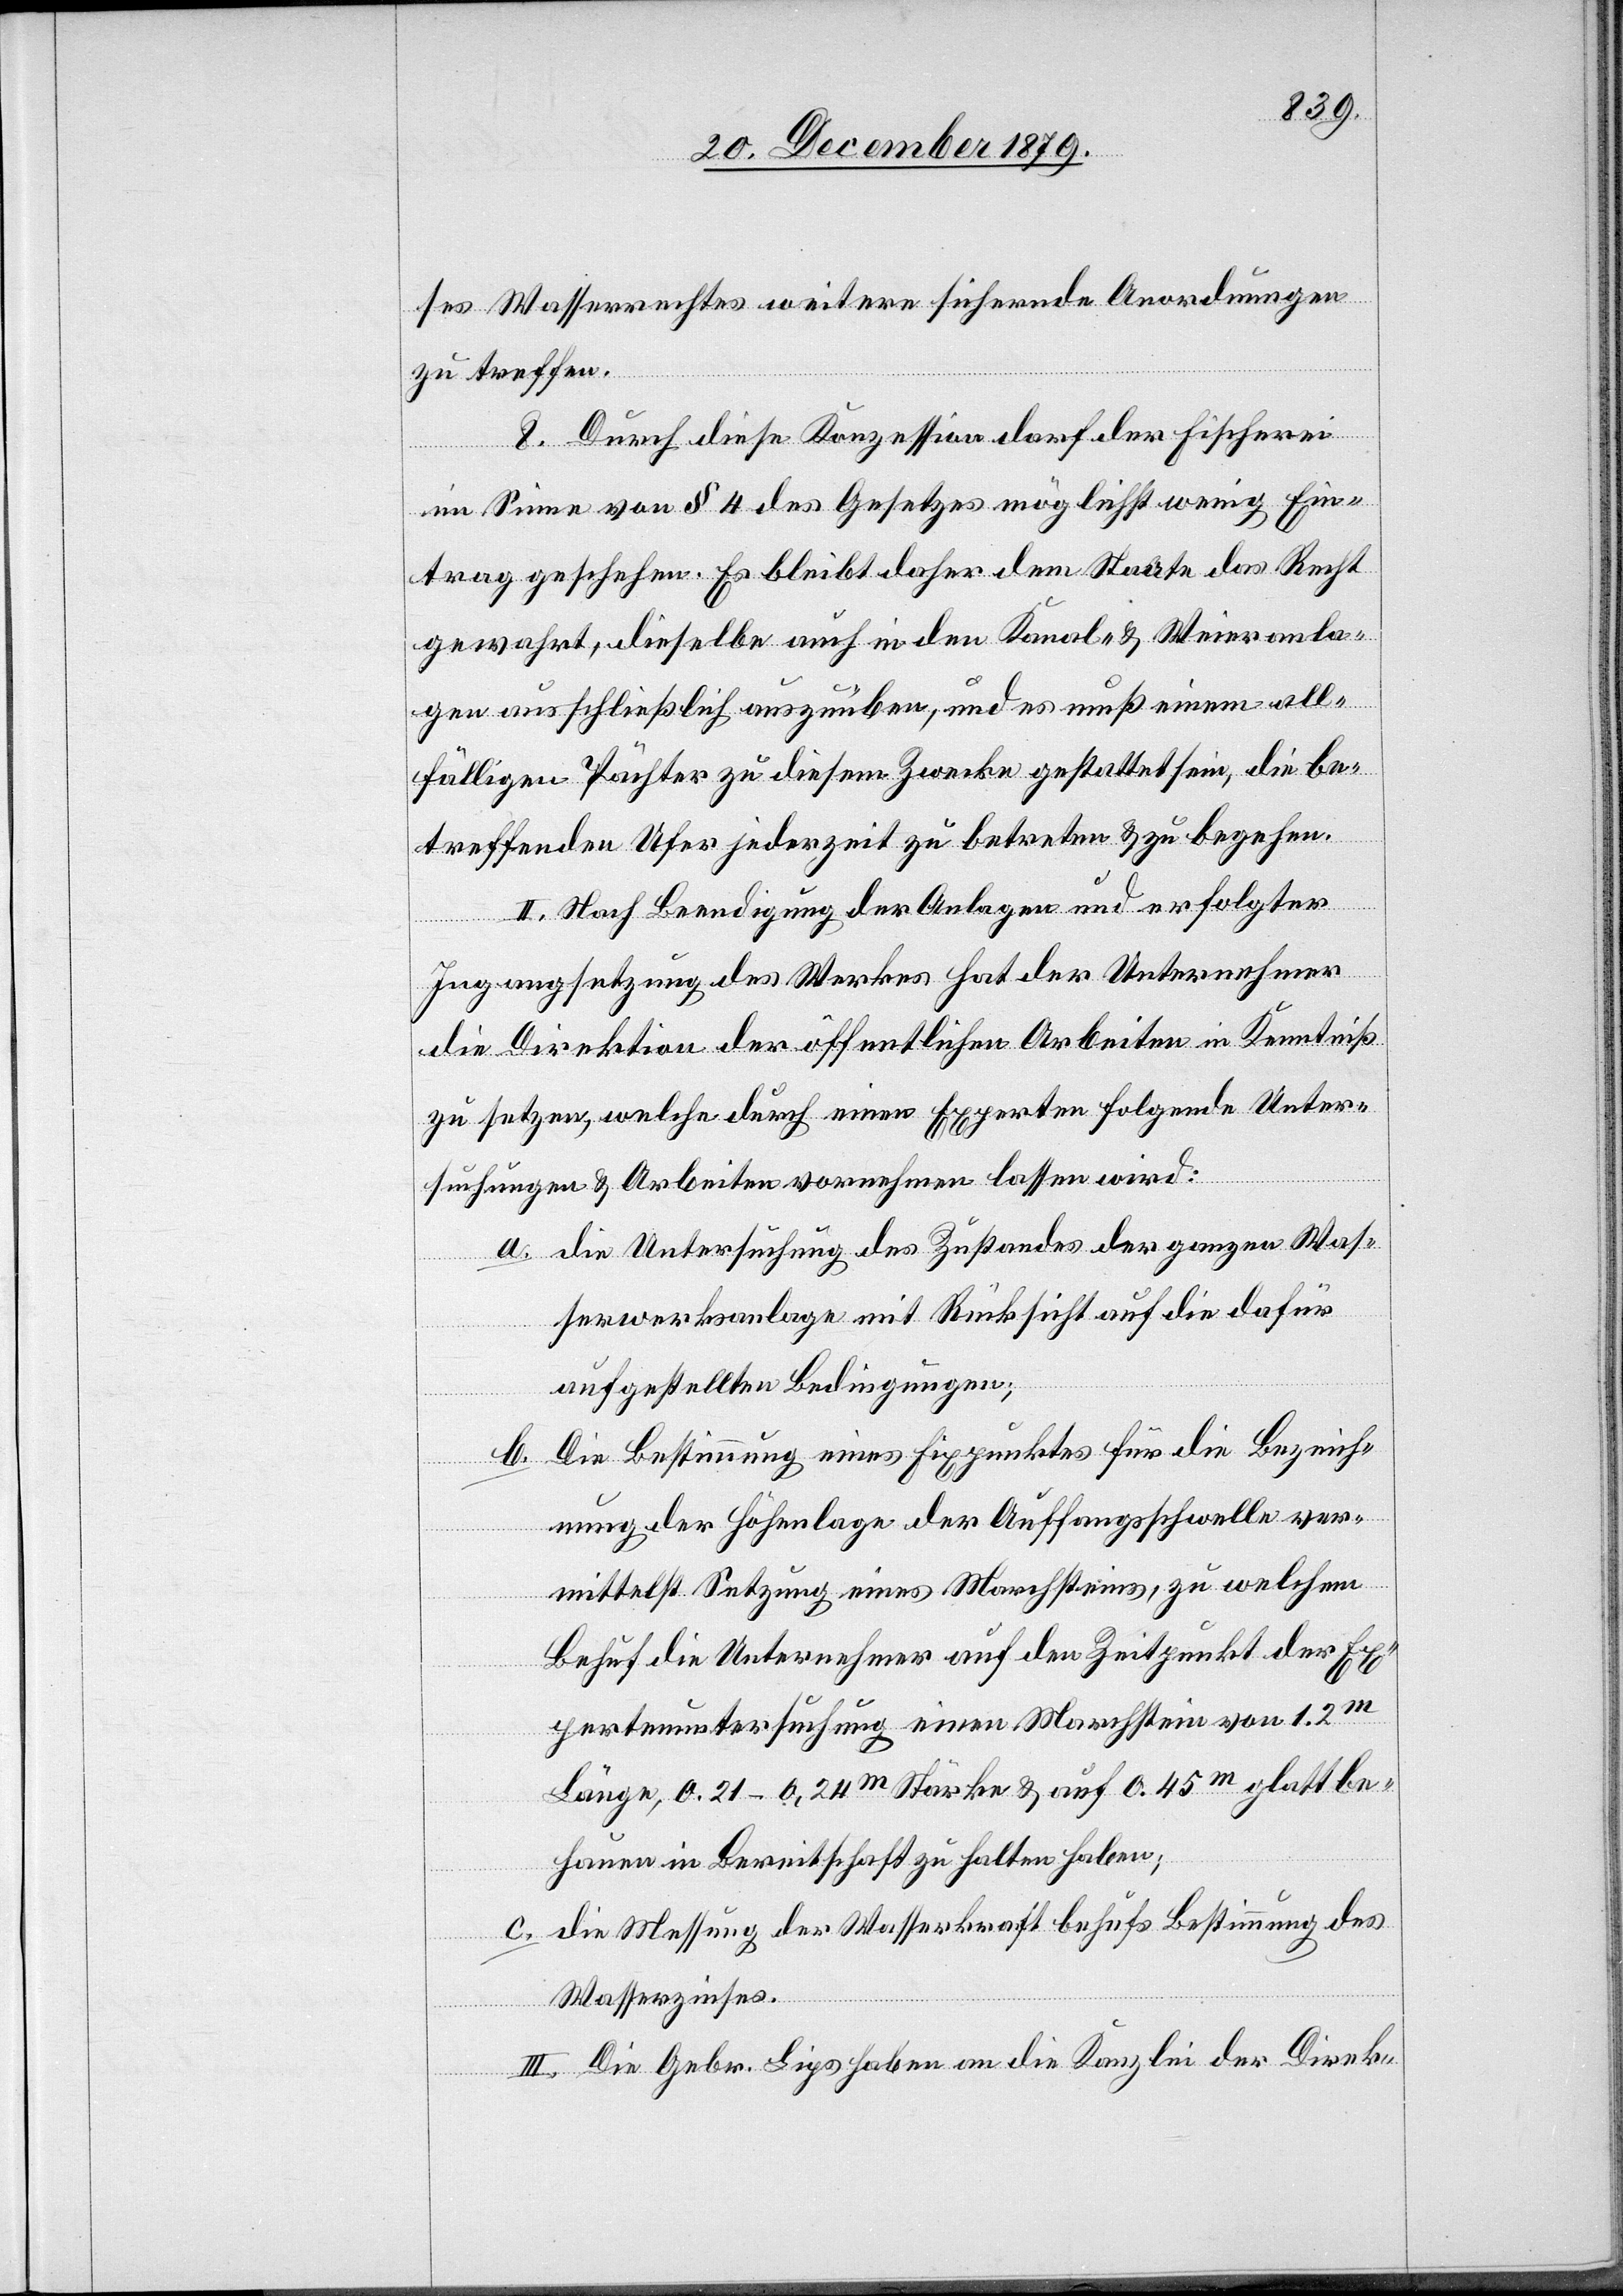
ses Wasserrechtes weitere sichernde Anordnungen
zu treffen.
8. Durch diese Konzession darf der Fischerei
im Sinne von § 4 des Gesetzes möglichst wenig Ein¬
trag geschehen. Es bleibt daher dem Staate das Recht
gewahrt, dieselbe auch in den Kanal- & Weieranla¬
gen ausschließlich auszuüben, und es muß einem all¬
fälligen Pächter zu diesem Zwecke gestattet sein, die be¬
treffenden Ufer jederzeit zu betreten & zu begehen.
II. Nach Beendigung der Anlage und erfolgter
Ingangsetzung des Werkes hat der Unternehmer
die Direktion der öffentlichen Arbeiten in Kenntniß
zu setzen, welche durch einen Experten folgende Unter¬
suchungen & Arbeiten vornehmen lassen wird:
a. die Untersuchung des Zustandes der ganzen Was¬
serwerksanlage mit Rücksicht auf die dafür
aufgestellten Bedingungen;
b. Die Bestimmung eines Fixpunktes für die Bezeich¬
nung der Höhenlage der Auffangsschwelle ver¬
mittelst Setzung eines Marchsteines, zu welchem
Behuf die Unternehmer auf den Zeitpunkt der Ex¬
pertenuntersuchung einen Marchstein von 1.2m
Länge, 0.21–6.24m Stärke & auf 0.45m glattbe¬
hauen in Bereitschaft zu halten haben;
c. die Messung der Wasserkraft behufs Bestimmung des
Wasserzinses.
III. Die Gebr. Lips haben an die Kanzlei der Direk-